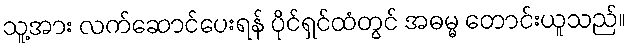
သူ့အား လက်ဆောင်ပေးရန် ပိုင်ရှင်ထံတွင် အဓမ္မ တောင်းယူသည်။